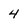
Character: 4